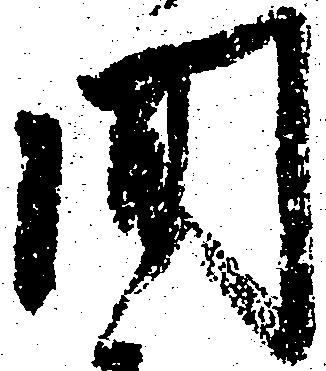
間